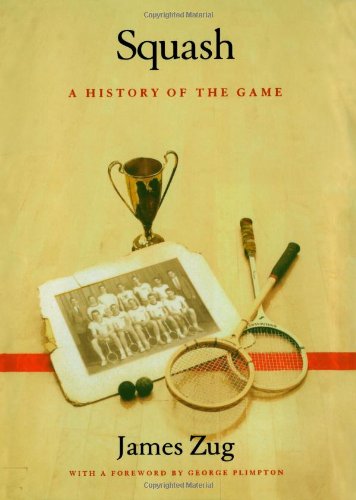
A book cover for Squash: A History of the Game; James Zug; Sports & Outdoors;